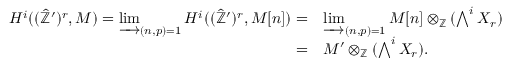
\begin{array} { r l } { H ^ { i } ( ( \hat { { \mathbb Z } } ^ { \prime } ) ^ { r } , M ) = \varinjlim _ { ( n , p ) = 1 } H ^ { i } ( ( \hat { { \mathbb Z } } ^ { \prime } ) ^ { r } , M [ n ] ) = } & { \varinjlim _ { ( n , p ) = 1 } M [ n ] \otimes _ { { \mathbb Z } } ( \bigwedge ^ { i } X _ { r } ) } \\ { = } & { M ^ { \prime } \otimes _ { { \mathbb Z } } ( \bigwedge ^ { i } X _ { r } ) . } \end{array}